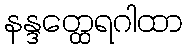
နန္ဒတ္ထေရဂါထာ